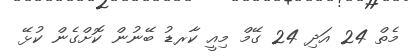
މެތް 24 އަދި 24 ގޭމް މިއީ ކާރޑު ބޭނުން ކޮށްގެން ކުޅޭ